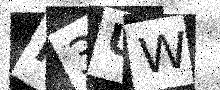
Text: R3UW